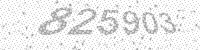
Solution: 825903